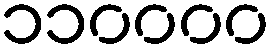
၁၁၀၀၀၀